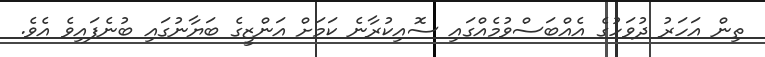
ތިން އަހަރު ދުވަހުގެ އެއްބަސްވުމެއްގައި ސޮއިކުރާނެ ކަމަށް އަންޒީގެ ބަޔާނުގައި ބުނެފައިވެ އެވެ.